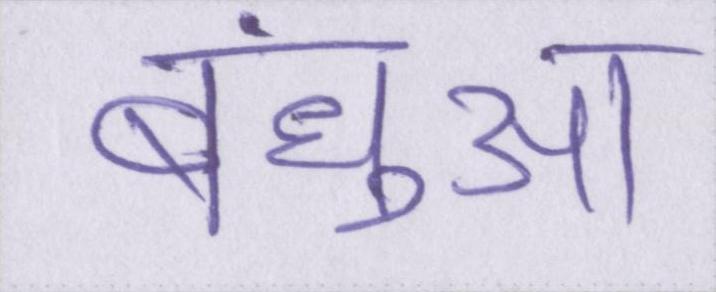
बंधुआ